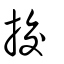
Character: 挍